Report on the treatment of epidemic cholera: from information collected by the governments of Bengal, Madras, Bombay, N.W. Provinces, Punjab, Oudh, and Central India, by order of the Government of India
Disease focus: Cholera
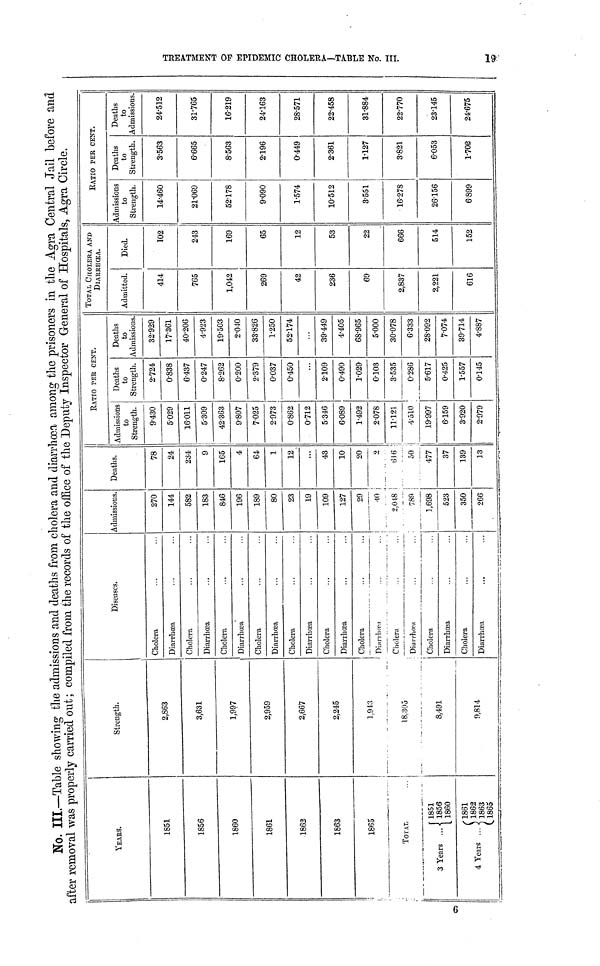
No. III.—Table showing the admissions and deaths from cholera and diarrhœa among the prisoners in the Agra Central Jail before and
after removal was properly carried out; compiled from the records of the office of the Deputy Inspector General of Hospitals, Agra Circle.
!
•
9
YEARS.
1851
1856
1860
1861
•1863
1863
1865
TOTAL
1851
3 Years ...4 1856
1860
1861
4 Years ... 1862
1865
Strength.
2,863
3,631
1,997
2,959
2,667
2,245
1,943
18,305
8,491
9,814
Diseases.
Cholera
Diarrhœa
Cholera
Diarrhœa
Cholera
Diarrhœa
Cholera
Diarrhœa
Cholera
Diarrhœa
Cholera
Diarrhœa
Cholera
Diarrhœa
..
...
Cholera
Diarrhœa
Cholera
Diarrhœa
Cholera
Diarrhœa
.,,
Admissions.
270
144
582
183
846
196
189
80
23
19
109
127
29
40
2,018
789
1,698
523
350
266
Deaths.
78
24
234
9
165
4
64
1
12
...
43
10
20
2
616 ;
50
477
37
139
13
RATIO PER CENT.
Admissions
to
Strength.
9.430
5-029
16-011
5.309
42.363
9.807
7.025
2.973
0.862
0.712
5.346
6.089
1.492
2.078
11.121
4.510
19.997
6.159
3.920
2.979
Deaths
to
Strength.
2.724
0.838
6.437
0.247
8.262
0.200
2.379
0.037
0.450
...
2.109
0.490
1.029
0103
3-535
0.286
5.617
0.425
1.557
0.145
Deaths
to
Admissions.
32.929
1.361
40-206
4.923
19.503
2.010
33.826
1.250
52.174
...
39.449
4.405
68.965
5.000
30.078
6.333
28.092
7.074
39.714
4.887
TOTAL CHOIERA AND
DlARRHŒA.
Admitted.
414
765
1,042
269
42
236
69
2,837
2,221
616
Died.
102
243
169
65
12
53
22
666
514
152
RATIO PER CENT.
Admissions
to
14-460
21.069
52.178
9.090
1.574
10.512
3.551
16.278
26.156
6.899
Deaths
to
Strength.
3.563
6.665
8.563
2.196
0.449
2.361
1.127
3.821
6.053
1.702
Deaths
to
Admission
24.512
31.765
16.219
24.163
28.571
22.458
31.884
22.770
23145
24.675
9
CENT OF E
2 MIC CH0LI 3RA—TA
es
g
III
H«